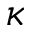
\kappa